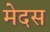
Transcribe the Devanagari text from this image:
मेदस